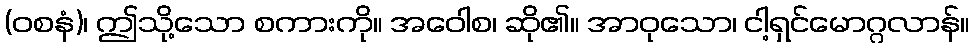
(ဝစနံ)၊ ဤသို့သော စကားကို။ အဝေါစ၊ ဆို၏။ အာဝုသော၊ ငါ့ရှင်မောဂ္ဂလာန်။